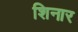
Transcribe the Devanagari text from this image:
शिनार